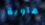
هاوية